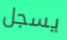
يسجل